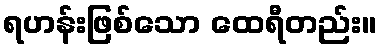
ရဟန်းဖြစ်သော ထေရီတည်း။